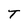
Character: T